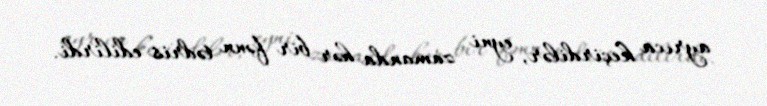
ayrıca keçirdilər, eyni zamanda hər bir fənn tədris edilirdi.